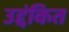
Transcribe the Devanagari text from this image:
उद्दंकित